Scottish Leaving Certificate Examination, 1958
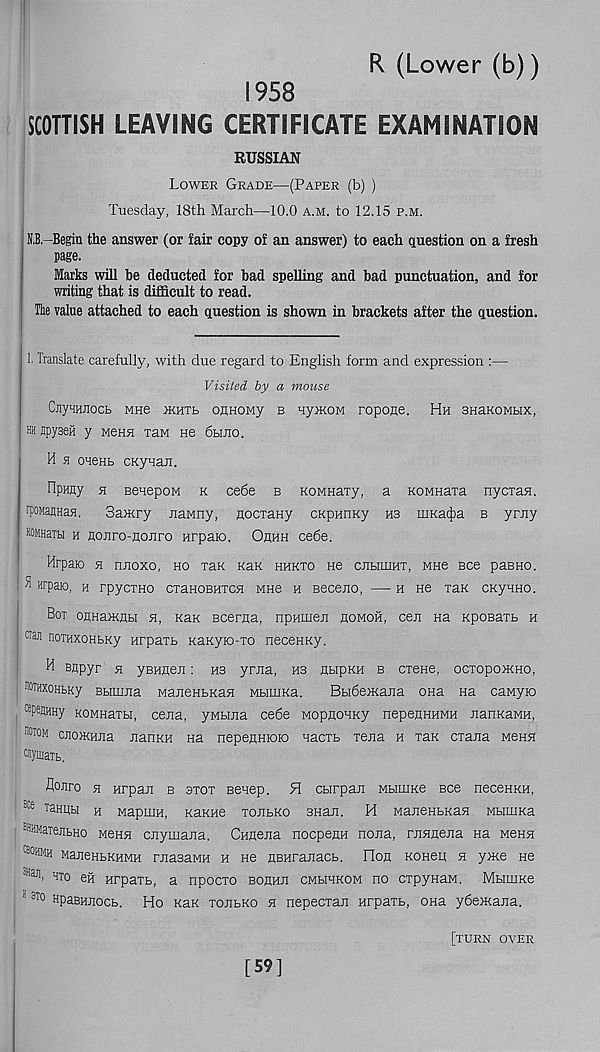
R (Lower (b))
1958
SCOTTISH LEAVING CERTIFICATE EXAMINATION
RUSSIAN
Lower Grade—(Paper (b) )
Tuesday, 18th March—10.0 a.m. to 12.15 p.m.
D-Begin the answer (or fair copy of an answer) to each question on a fresh
page.
Marks will be deducted for bad spelling and bad punctuation, and for
writing that is difficult to read.
The value attached to each question is shown in brackets after the question.
1. Translate carefully, with due regard to English form and expression :—
Visited by a mouse
CnysHEoct wne mute onnoMy b uymoM ropone. Hu snaKOMux,
hh apyseil y Mepra xaM ne 6bmo.
H a oneHt CKynaJi.
ripHiiy h BeuepoM k cede b KOMHary, a KOMHaxa nyciaa,
rpoMaflHas.
Saxrry nawny, HocxaHy cKpnnKy hs nuca^a b yrny
®MHaibi h Honro-nonro nrpaio. Ohhh cede.
Hrpaio a nnoxo, ho Tax xaK hhkto ne cehiuht, mhc see paBHO.
^ arpaio, vt rpycTHO craHOBUTCH mho h seceno, — h He Tax CKyuno.
Box oj}Ha>KHbi h, Kax Bcerna, npHiuen homoh, cen na xpoBaib h
craii noxHxoHbxy Hrpaxb Kaxyio-To necenxy.
^ snpyr si yBHnen: hb yrna, hs UbipxH b crene, ociopoxKHO,
j ®THX0HbKy Bbinuia MaJieHbxasi Mbimxa.
BbiderKana ona na caMyio
I ^PWHHy KOMHaibi, cena, yMbma cede MopHonxy nepenHHMH nanxaMH,
1 ■Won cjiorxHJia JianxH na nepennioio uacib xena h xax ciana mchh
oyinaxt.
flonro si Hrpan b stot Beuep. H cbirpan Mbiinxe Bee neceHXH,
tK T aHi;bi h MapuiH, xaxHe tojibko 3Han. H ManeHbxafl Mbimxa
®HMaxejibHo mchsi cnymana. CHHena nocpenH nona, ruHnena Ha mchsi
q ohmh ManenbXHMH rnasaMH h He nBHranacb. lion xoneu si yrxe ne
Hai1 ’ HT o eg Hrparb, a npocxo Bonnn cmhhkom no cxpyHaM. Mbimxe
' 3T0 HpaBHEocb. Ho xax xoebxo h nepecxan Hrpaxb, ona ydesKana.
[59]
[turn oyer